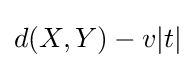
d(X,Y)-v|t|